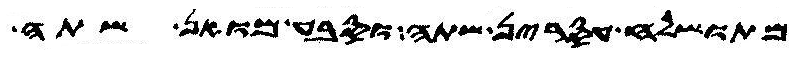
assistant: מתושלח עסרין שתה וסבע מואן שתה